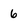
Character: 6